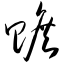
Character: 赡